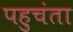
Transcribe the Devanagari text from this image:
पहुचंता